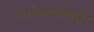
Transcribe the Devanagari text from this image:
अर्धमागधीपासून